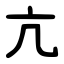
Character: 亢